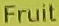
Fruit